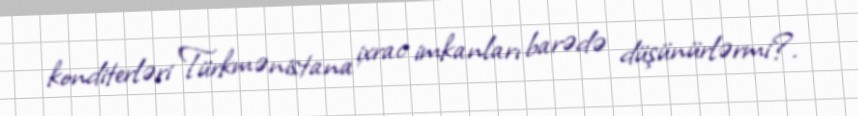
konditerləri Türkmənistana ixrac imkanları barədə düşünürlərmi?.